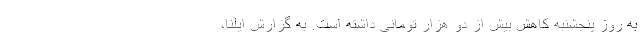
به روز پنجشنبه کاهش بیش از دو هزار تومانی داشته است. به گزارش ایلنا،